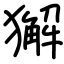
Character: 獬